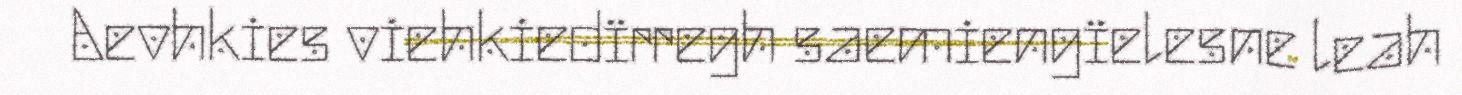
Aevhkies viehkiedïrregh saemiengïelesne leah